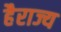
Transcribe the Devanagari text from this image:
हैराज्य